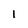
Character: 1